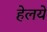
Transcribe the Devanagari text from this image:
हेलये